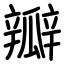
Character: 瓣